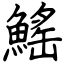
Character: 鰩